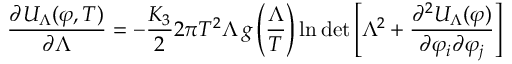
\frac { \partial U _ { \Lambda } ( \varphi , T ) } { \partial \Lambda } = - \frac { K _ { 3 } } { 2 } 2 \pi T ^ { 2 } \Lambda \, g \left( \frac { \Lambda } { T } \right) \ln \operatorname * { d e t } \left[ \Lambda ^ { 2 } + \frac { \partial ^ { 2 } U _ { \Lambda } ( \varphi ) } { \partial \varphi _ { i } \partial \varphi _ { j } } \right]